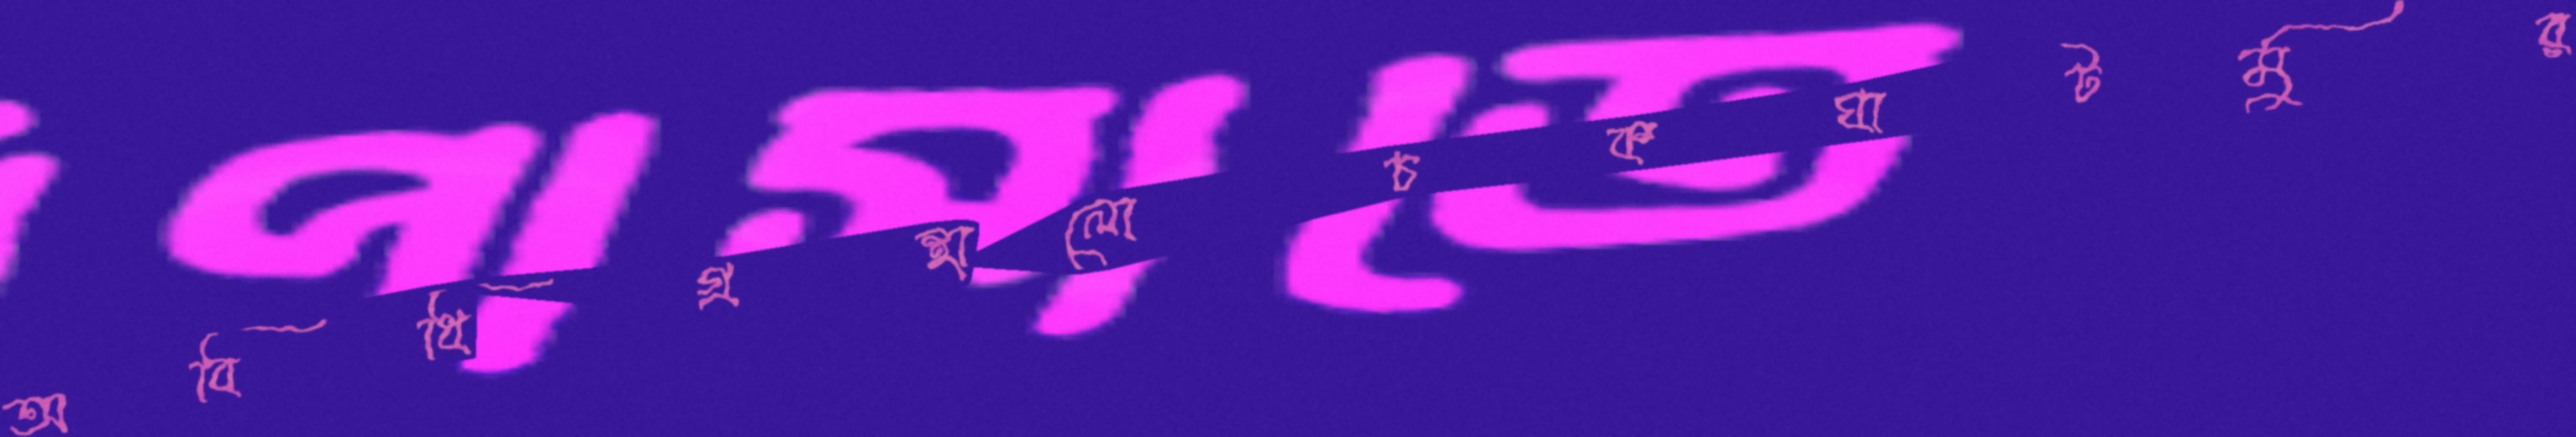
অবিধিগ্রন্থালোচকঘাটমুর